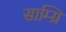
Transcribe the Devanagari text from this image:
साम्ग्रि